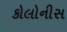
કોલોનીસ